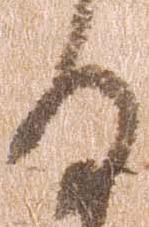
る